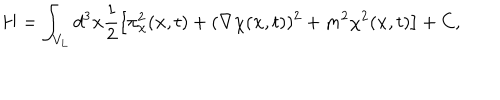
H = \int _ { V _ { L } } d ^ { 3 } { \bf x } \frac { 1 } { 2 } \left[ \pi _ { \chi } ^ { 2 } ( { \bf x } , t ) + ( { \bf \nabla } \chi ( { \bf x } , t ) ) ^ { 2 } + m ^ { 2 } \chi ^ { 2 } ( { \bf x } , t ) \right] + C ,